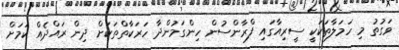
ވަގުތު މި ހަމަލާތަކަކީ ސީރިއާގައި ފްރާންސުން ހިންގަމުންދާ ހަރަކާތްތަކަށް ދިން ރައްދެއް ކަމަށް